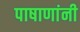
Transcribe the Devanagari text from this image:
पाषाणांनी